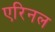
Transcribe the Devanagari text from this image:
एरिनल